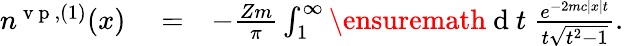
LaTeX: \begin{array}{rlr}{n^{\mathrm{~v~p~},(1)}(x)}&{{}=}&{-\frac{Zm}{\pi}\int_{1}^{\infty}\ensuremath{\mathrm{~d~}}t\; \frac{e^{-2mc|x|t}}{t\sqrt{t^{2}-1}}.}\end{array}